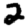
Digit: 2